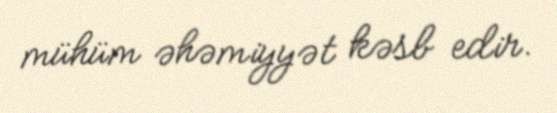
mühüm əhəmiyyət kəsb edir.